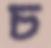
চ